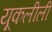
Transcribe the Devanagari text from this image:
यूकलीली